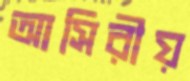
আসিরীয়